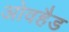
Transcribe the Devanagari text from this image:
ओवहैड